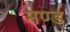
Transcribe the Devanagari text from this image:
मण्ड